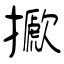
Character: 擨